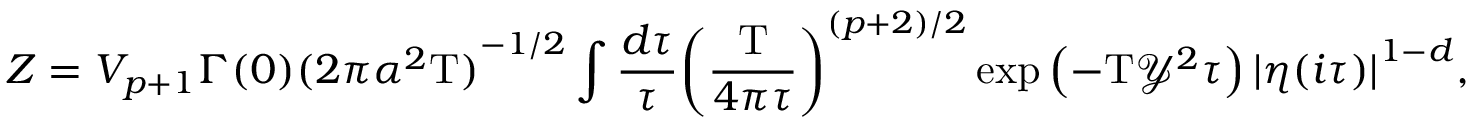
Z = { V _ { p + 1 } } \Gamma ( 0 ) { { ( 2 \pi { \alpha ^ { 2 } } \mathrm { T } ) } ^ { - 1 / 2 } } \int { \frac { d \tau } { \tau } } { { \left( { \frac { \mathrm { T } } { 4 \pi \tau } } \right) } ^ { ( p + 2 ) / 2 } } \exp \left( - \mathrm { T } { \mathcal { Y } ^ { 2 } } \tau \right) { { | \eta ( i \tau ) | } ^ { 1 - d } } ,